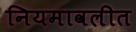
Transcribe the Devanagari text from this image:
नियमावलीत